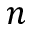
n